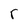
Character: r